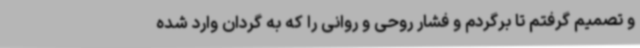
و تصمیم گرفتم تا برگردم و فشار روحی و روانی را که به گردان وارد شده